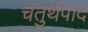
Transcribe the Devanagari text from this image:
चतुर्थपाद